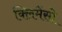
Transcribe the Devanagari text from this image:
क्लिमेंसो